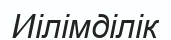
Иілімділік